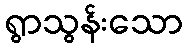
ရွာသွန်းသော